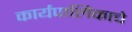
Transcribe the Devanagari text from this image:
कार्यपालिकाचे